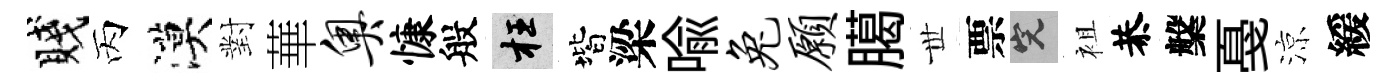
賤丙漠對華奥慷般枉階梁喻兔愿臈𠀍票完袓恭槃戞涼緩